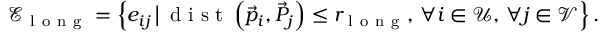
\mathcal { E } _ { \mathrm { ~ l ~ o ~ n ~ g ~ } } = \left\{ e _ { i j } \, \big | \, \mathrm { ~ d ~ i ~ s ~ t ~ } \left( \vec { p } _ { i } , \vec { P } _ { j } \right) \leq r _ { \mathrm { ~ l ~ o ~ n ~ g ~ } } , \, \forall i \in \mathcal { U } , \, \forall j \in \mathcal { V } \right\} .